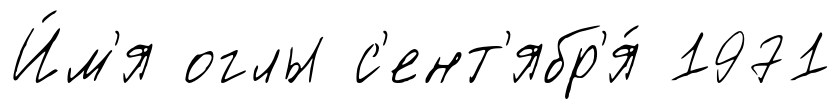
И́м'я оглы с'ент'ябр'я́ 1971